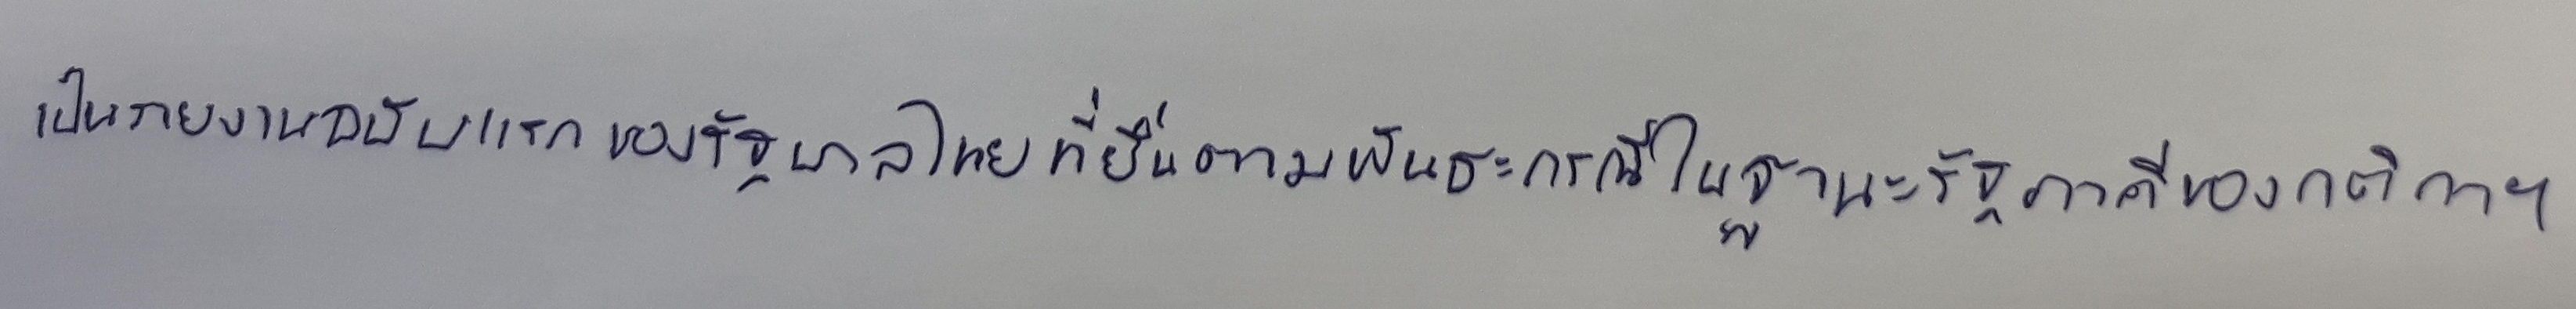
เป็นรายงานฉบับแรกของรัฐบาลไทยที่ยื่นตามพันธะกรณีในฐานะรัฐภาคีของกติกาฯ